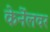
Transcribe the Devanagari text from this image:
केर्नेलवर